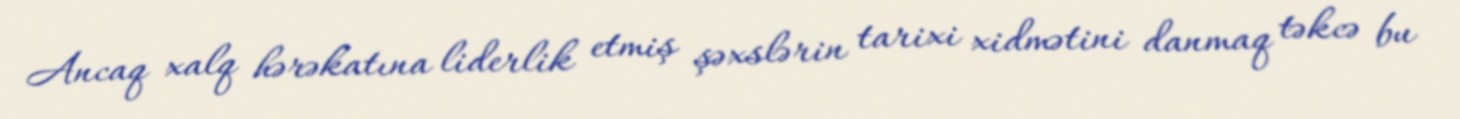
Ancaq xalq hərəkatına liderlik etmiş şəxslərin tarixi xidmətini danmaq təkcə bu